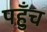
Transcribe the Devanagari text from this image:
पह़ुँच